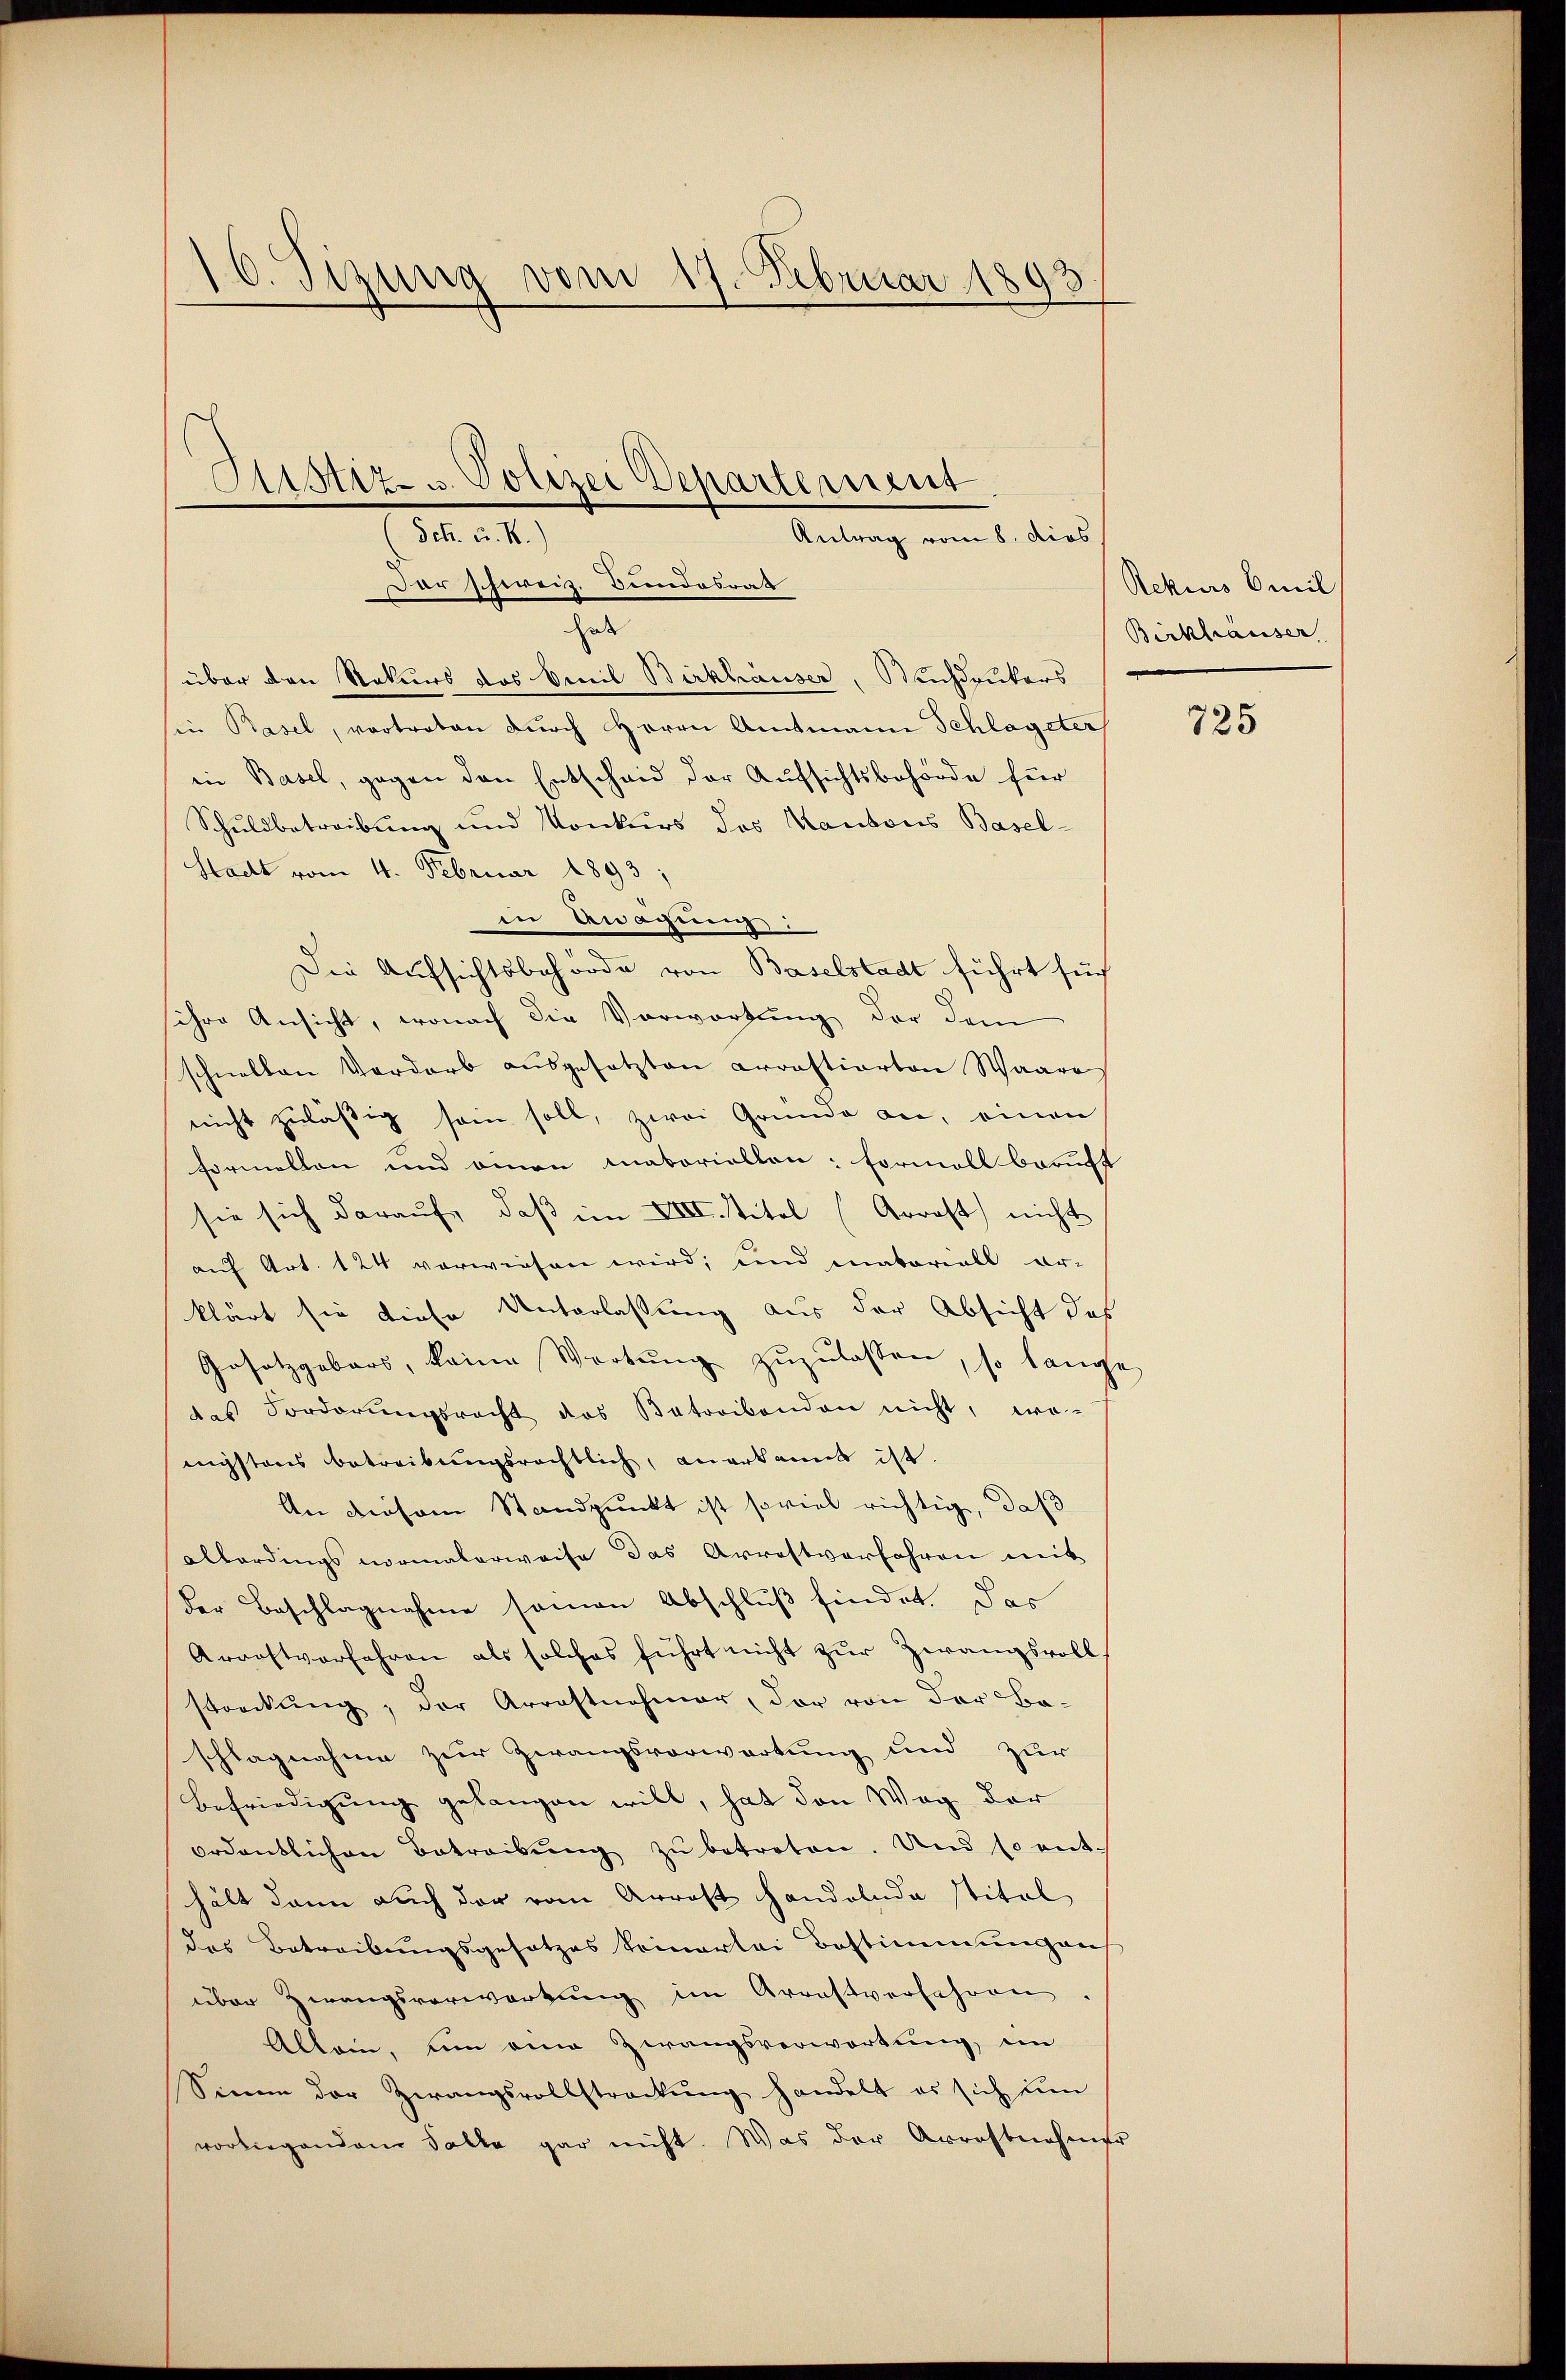
10. Sizung vom 17. Februar 1893.

Sistiz- u. Polizei Departement
Sch. u. R.)
Antrag vom 8. dies
Dar schweiz. Bundesrat

hat
über den Rekurs des Vereil Birkhäuser, Buchdrukers
sii Basel, vortreten durch Herrn Amtmann Schlageter
in Basel, gegen den Entscheid der Aufsichtsbehörde für
Schuldbetreibung und Konkurs des Kantons Basel-
Stadt vom 4. Februar 1893,
in Bewegung:
Die Aufsichtsbehörde von Baselstadt führt such
sihre Ansicht, wonach die Vorwortung der dem
schnellen Verdarb ausgesetzten Arrastiarton Waare
nicht zuläßig sein soll, zwei Gründe an, einen
formellen und einen Laboriellen: Formell beruft
sie sich darauf, daß im VIII. Titel (Arrast nicht
auf Art. 124 verwiesen wird; und materiell er-
klärt sie diese Unterlassung aus der Absicht das
Gesetzgebers, keine Wortŭng zŭzŭlassen, so lange
des Forderŭngsrecht das Betreibenden nicht, wo-
nigstens betreibungsrechtlich, anerkannt ist.
An diesem Standpunkt ist soviel richtig, daß
allerdings normalerweise das Arrestverfahren mit
der Beschlagnahme seinen Abschluß findet. Das
Arrostverfahren als solches führt nicht zur Zwangsvoll-
streckung, der Arrastnehmer, der von der Ba-
schlagnahme zur Zwangsvorwartung und zur
Befriedigung gelangen will, hat den Weg der
ordentlichen Betreibŭng zŭ betreten. Und so ent-
hält dann auch der vom Arrest handelnde stitel
das Betreibungsgesetzes keinerlei Bestimmungen
über Zwangsverwartung im Arrastverfahren
Allein, um eine Zwangsverwortung, ein
Sinne der Zwangsvollstreckŭng handelt es sich um
vorliegendem Falle gar nicht. Was der Arrastnehmer

Rekurs Emil
Berkhauser

725